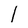
Character: I